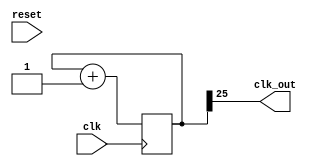
`timescale 1ns / 1ps
//////////////////////////////////////////////////////////////////////////////////
// Company: 
// Engineer: 
// 
// Design Name: 
// Module Name: clk_div_disp
// Project Name: 
// Target Devices: 
// Tool Versions: 
// Description: 
// 
// Dependencies: 
// 
// Revision:
// Revision 0.01 - File Created
// Additional Comments:
// 
//////////////////////////////////////////////////////////////////////////////////


module clk_div_disp(
    input clk,
    input reset,
    output clk_out
    );

reg[25:0] COUNT = 0;

assign clk_out = COUNT[25];

always @(posedge clk) begin
    COUNT = COUNT + 1;
end

endmodule